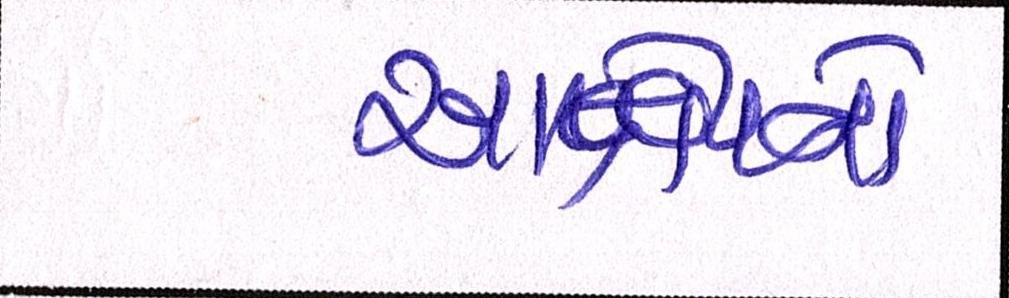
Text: આક્ષેપનો